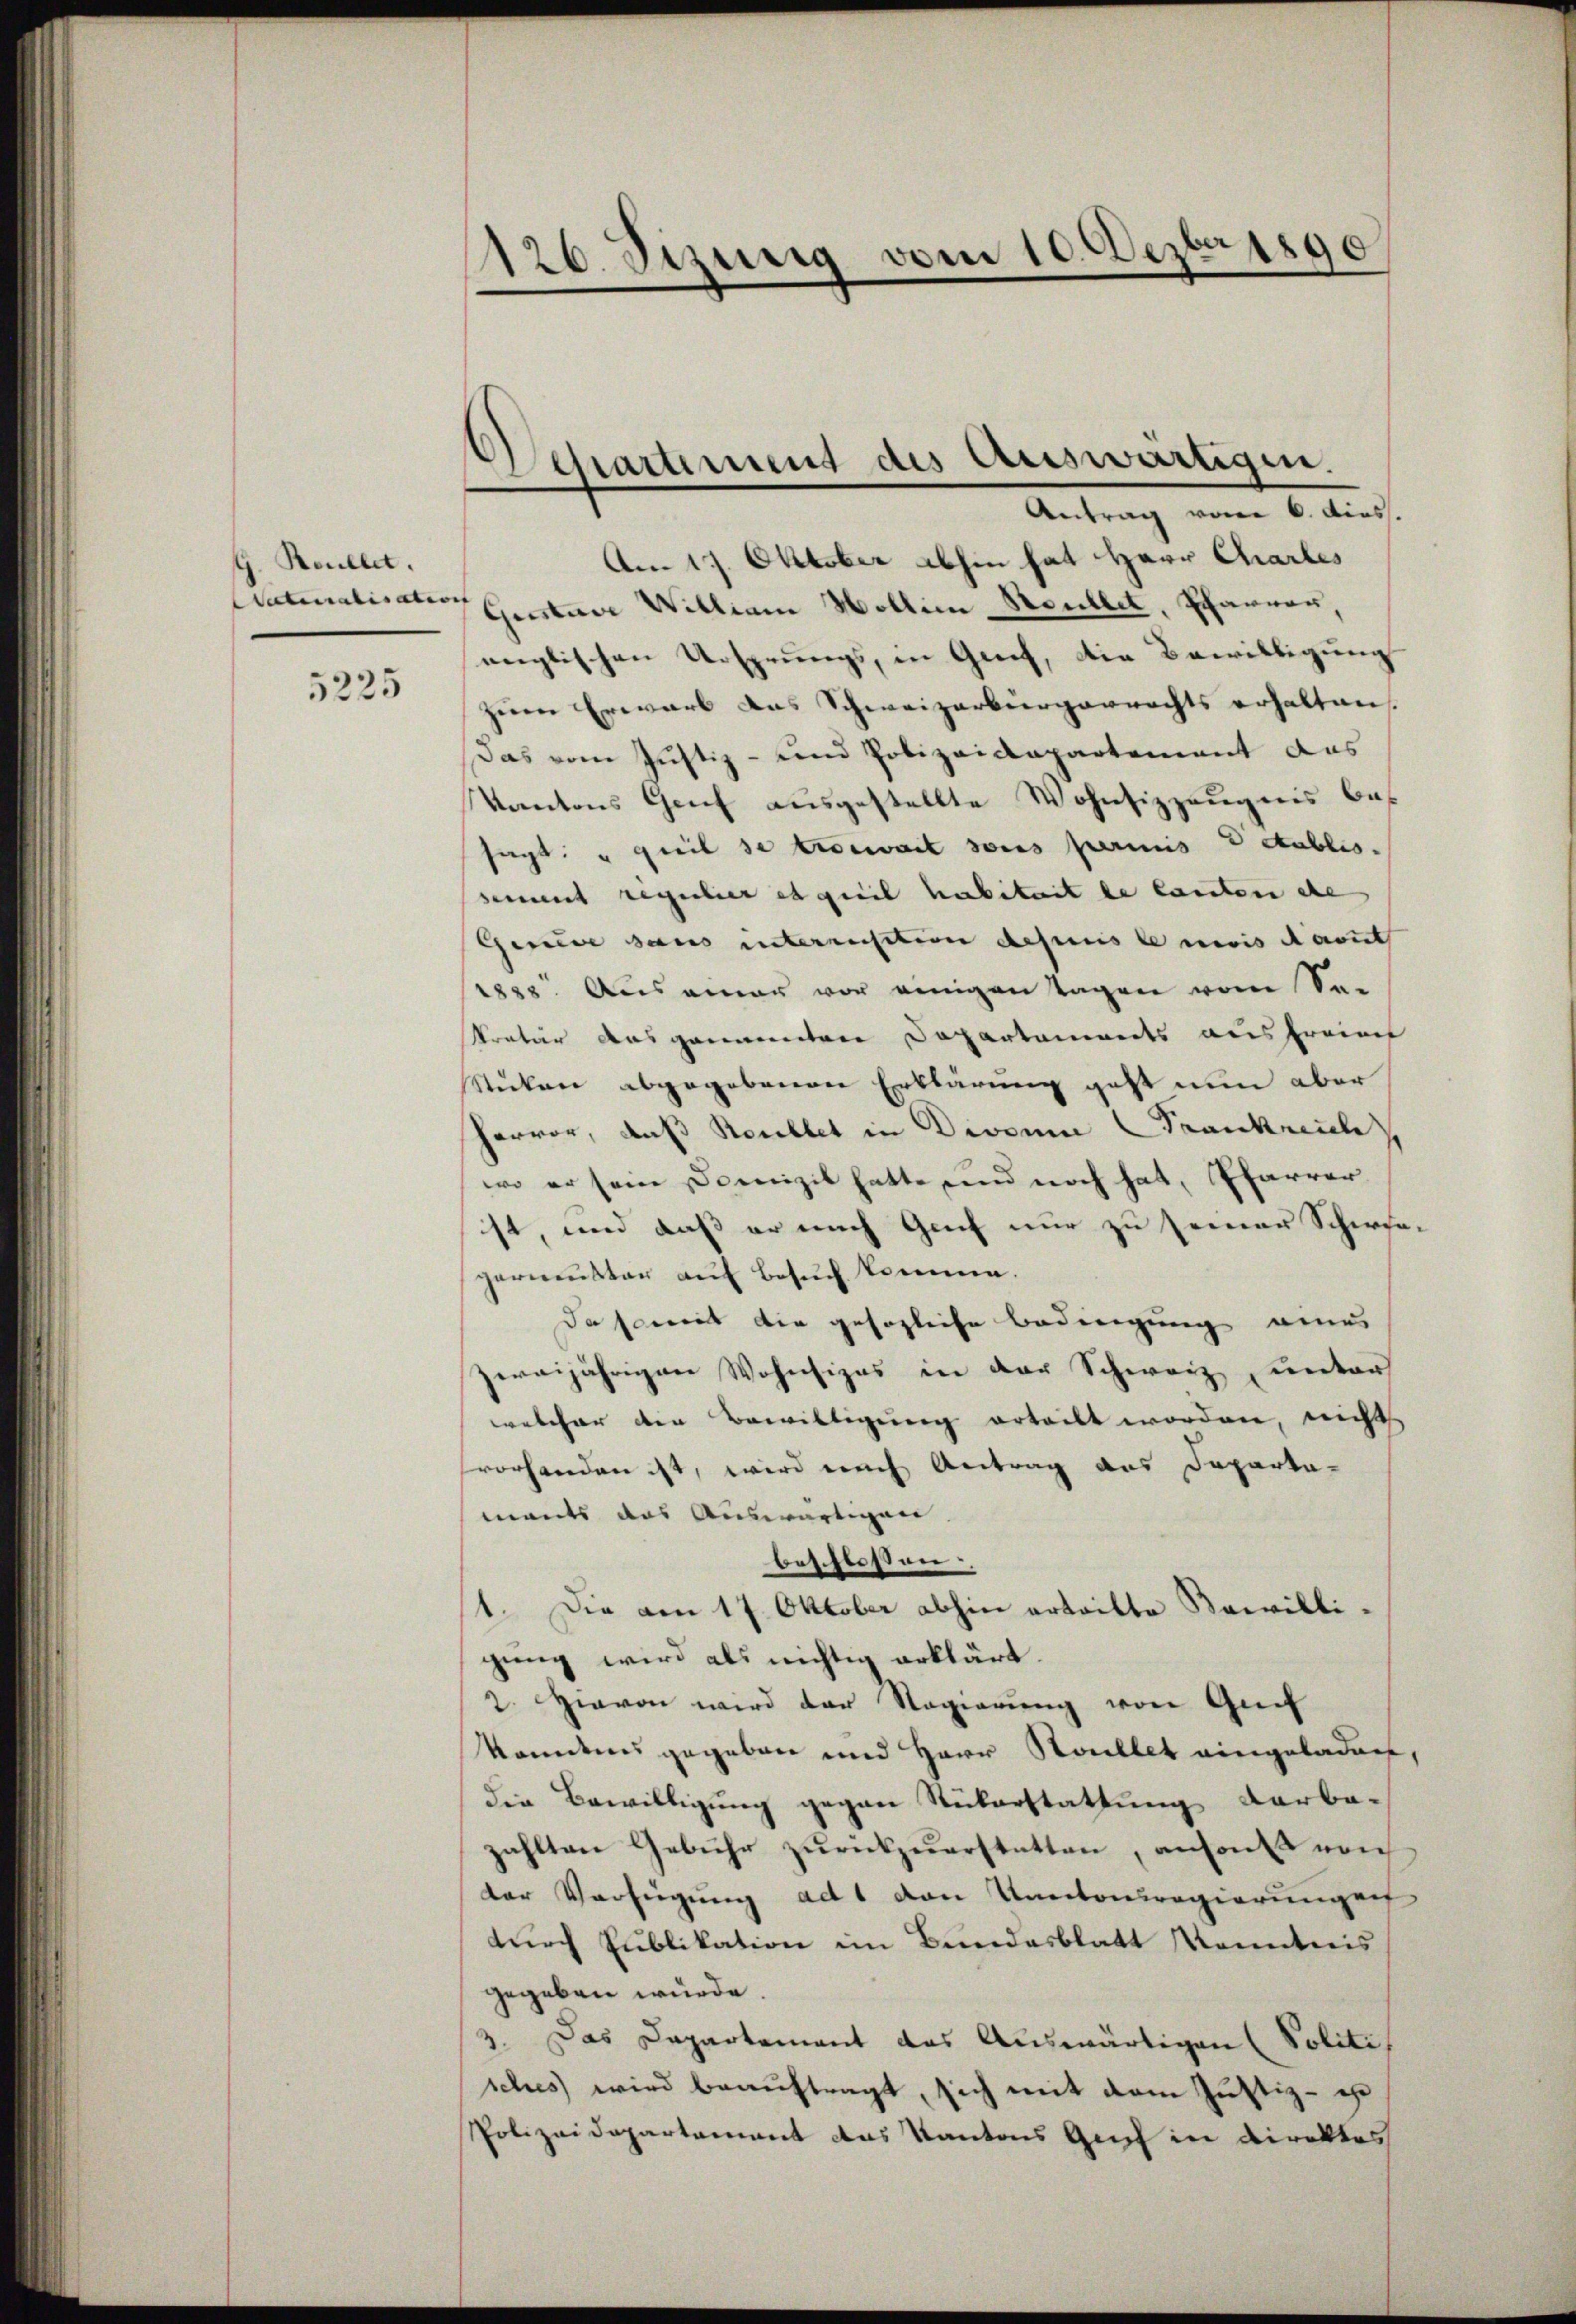
G. Roullet.
Vaterialisation |

5225

126. Jizung vom 10. Dezbr 1890

Departement des Auswärtigen.
Antrag vom 6. dies.

Am 17. Oktober abhin hat Herr Charles
Gersten Willian Wollien Soullet, Pfarrer,
englischen Ursprungs, in Greif, die Bewilligung
zum Erwarb das Schweizerbergerrechts erhalten
Das vom Justiz- und Polizeidepartement das
Kantons Genf ausgestellte Wohnsizzeugnis bes
sagt: " Freil se trocwait sous perinis Detablis.
sement regulier et queil habitait de lauten de
Gerede sans intermisition depuis le navis deut
1888. Aus einer vor einigen Tagen vom Se-
kretär ausgementen Departements aus freiet
Stücken abgegebenen Erklärung geht nun aber
ervor, daß Reublet in Divoine Frankreich
wo er sein Domizil hatte und noch hat, Pfarrer
ist, und daß er nach Genf nur zu seiner Schirsa-
permeister auf Besuch komme.
da somit die gesagliche Bedingung eines
zweijährigen Wohnsizes in der Schweiz, unter
welcher die Bewilligung erteilt worden, nicht
vorhanden ist, wird nach Antrag des Departa-
mants das Auswärtigen
beschlossen.
1. Die am 17. Oktober abhin arteilte Bewilligung wird als nichtig erklärt.
2. Hievon wird der Regierung von Grif
kanntens gegeben und Herr Staillet eingeladen,
die Bewilligung gegen Rükerstattung darba-
zahlten Gebühr zŭrückzuerstatten, ansons von
der Verfügung ad 1 von Unterregierungen
durch Publikation im Bundesblatt Kenntnis
gegeben würde.
3. Das Departement das Auswärtigen (Politis
sches wird beauftragt, sich mit dem Justiz - e
Polizeidepartement das Kantons Gut in Direktes